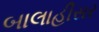
બાલાહીસર